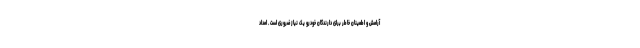
آرامش و اطمینان خاطر برای دارندگان خودرو یک نیاز ضروری است . امداد